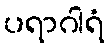
ပရာဂါရံ